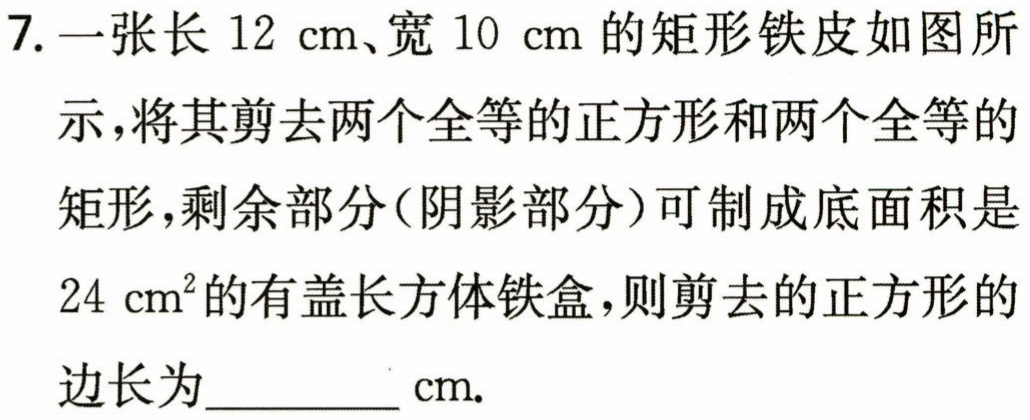
7. 一张长 \(12\mathrm{cm}\)、宽 \(10\mathrm{cm}\) 的矩形铁皮如图所示，将其剪去两个全等的正方形和两个全等的矩形，剩余部分（阴影部分）可制成底面积是 \(24\mathrm{cm}^2\) 的有盖长方体铁盒，则剪去的正方形的边长为__________\(\mathrm{cm}\).